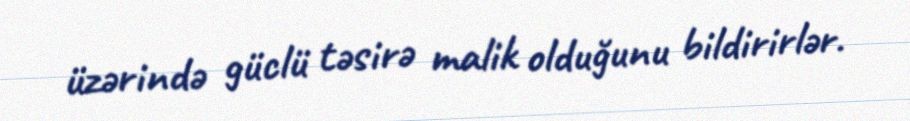
üzərində güclü təsirə malik olduğunu bildirirlər.